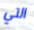
التي